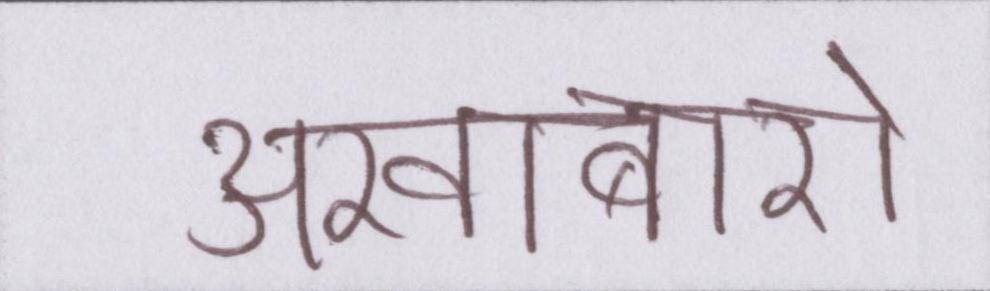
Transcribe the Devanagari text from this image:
अखाबारो